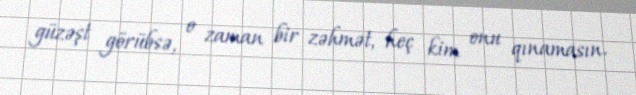
güzəşt görübsə, o zaman bir zəhmət, heç kim onu qınamasın.